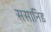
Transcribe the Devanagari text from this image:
ससानिड